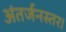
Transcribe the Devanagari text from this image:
अंतर्जनस्तर।